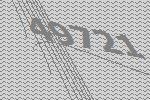
49721